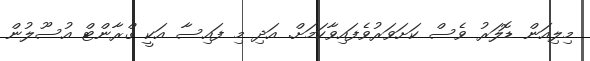
މިލިއަން ޑޮލަރު ވެސް ކަށަވަރުވެފައިވާކަމަށް. އަދި މި ފައިސާ އަކީ ގްރާންޓް އުސޫލުން